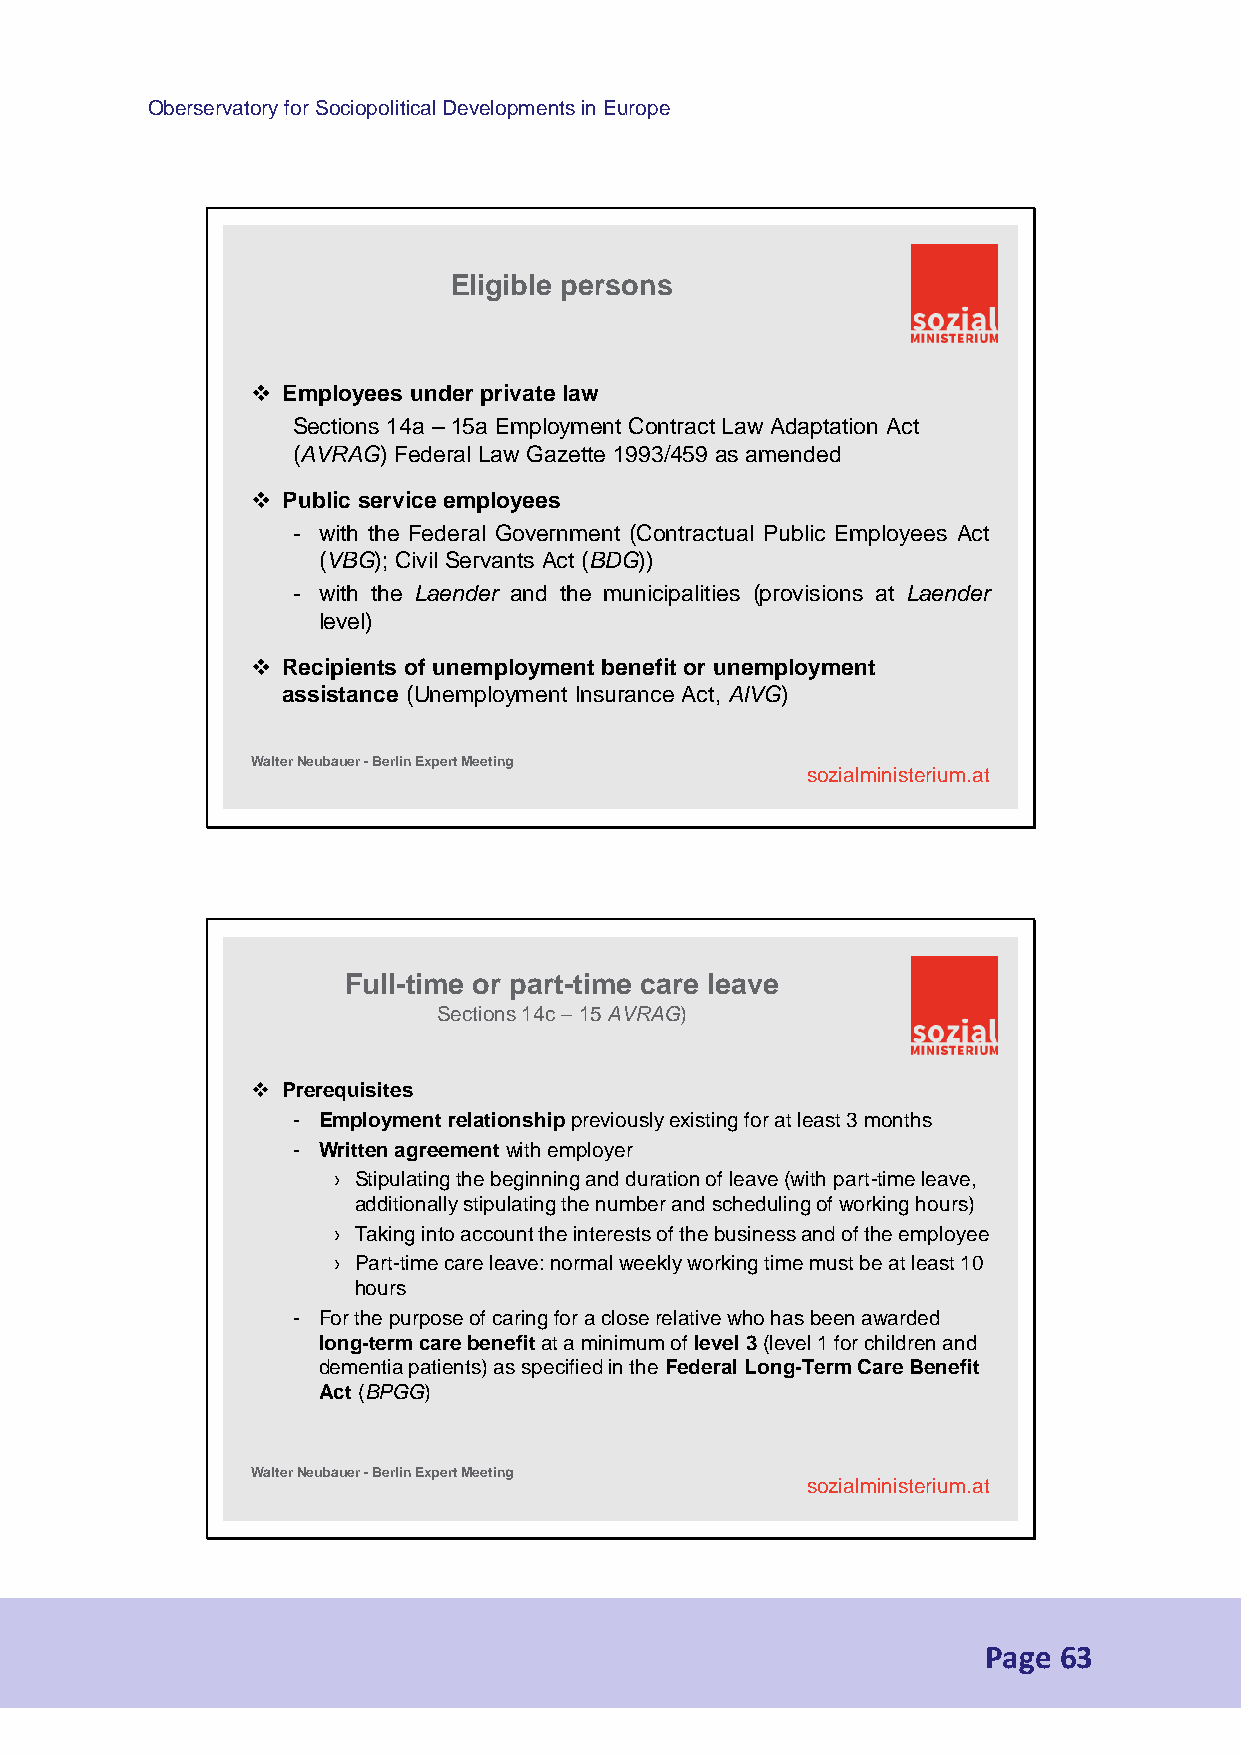
Oberservatory for Sociopolitical Developments in Europe
 Eligible persons
  Employees under privatelaw
 Sections 14a – 15a Employment Contract Law Adaptation Act
 (AVRAG) Federal Law Gazette 1993/459 as amended
  Public service employees
 - with the Federal Government (Contractual Public Employees Act
 (VBG); Civil Servants Act (BDG))
 - with the Laender and the municipalities (provisions at Laender
 level)
  Recipients of unemployment benefit or unemployment
 assistance (Unemployment Insurance Act, AlVG)
 Walter Neubauer -Berlin Expert Meeting
 sozialministerium.at
 Full-time or part-time care leave
 Sections 14c –15 AVRAG)
  Prerequisites
 - Employment relationshippreviously existing for at least 3 months
 - Written agreementwith employer
 › Stipulating the beginning and duration of leave (with part-time leave,
 additionally stipulating the number and scheduling of working hours)
 › Taking into account the interests of the business and of the employee
 › Part-time care leave: normal weekly working time must be at least 10
 hours
 - For the purpose of caring for a close relative who has been awarded
 long-term care benefitat a minimum of level 3(level 1 for children and
 dementia patients) as specified in the Federal Long-Term Care Benefit
 Act(BPGG)
 Walter Neubauer -Berlin Expert Meeting
 sozialministerium.at
 Page 63